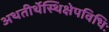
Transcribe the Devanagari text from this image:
अथतीर्थेस्थिक्षेपविधिः